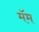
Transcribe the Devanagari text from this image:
मॅम